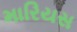
મારિયસ